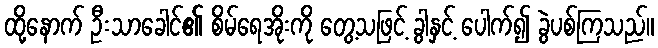
ထို့နောက် ဦးသာခေါင်၏ စိမ်ရေအိုးကို တွေ့သဖြင့် ခွါနှင့် ပေါက်၍ ခွဲပစ်ကြသည်။